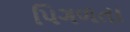
પિગળતા